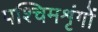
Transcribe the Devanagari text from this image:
पश्चिमशृंगों